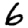
Digit: 6